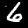
Label: 6